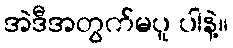
အဲဒီအတွက်မပူ ပါနဲ့။